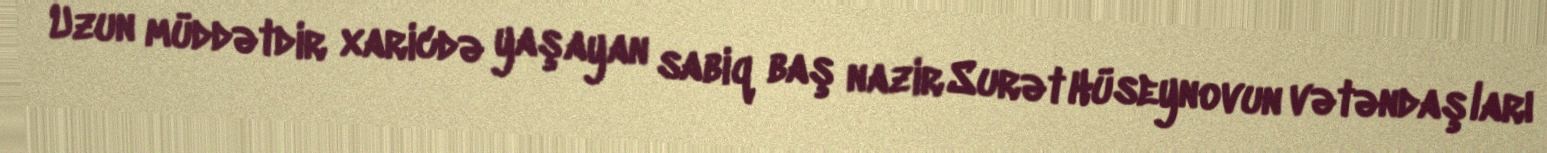
Uzun müddətdir xaricdə yaşayan sabiq baş nazir Surət Hüseynovun vətəndaşları